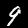
Digit: 9